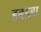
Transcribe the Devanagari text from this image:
डबडबा